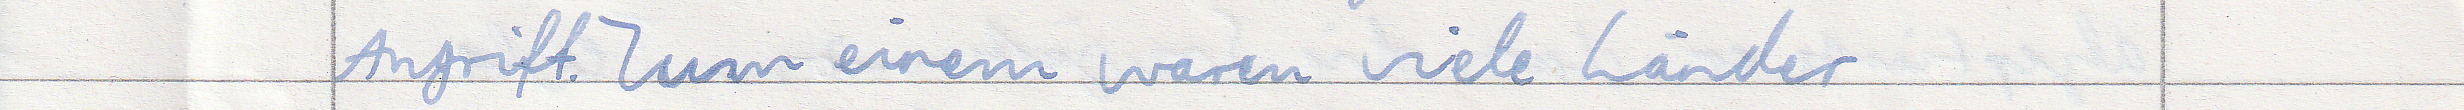
Angriff. Zum einem waren viele Länder